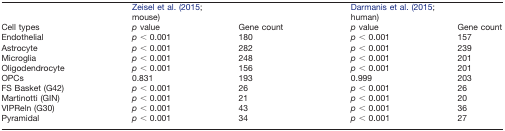
|  | <COLSPAN=2> Zeisel et al. (2015; mouse) | <COLSPAN=2> Darmanis et al. (2015; human) |
 | Cell types | p value | Gene count | p value | Gene count |
 | --- | --- | --- | --- | --- |
 | Endothelial | p < 0.001 | 180 | p < 0.001 | 157 |
 | Astrocyte | p < 0.001 | 282 | p < 0.001 | 239 |
 | Microglia | p < 0.001 | 248 | p < 0.001 | 201 |
 | Oligodendrocyte | p < 0.001 | 156 | p < 0.001 | 201 |
 | OPCs | 0.831 | 193 | 0.999 | 203 |
 | FS Basket (G42) | p < 0.001 | 26 | p < 0.001 | 26 |
 | Martinotti (GIN) | p < 0.001 | 21 | p < 0.001 | 20 |
 | VIPReln (G30) | p < 0.001 | 43 | p < 0.001 | 36 |
 | Pyramidal | p < 0.001 | 34 | p < 0.001 | 27 |